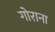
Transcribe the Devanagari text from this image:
गोराना